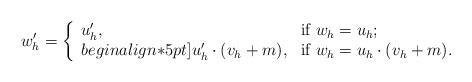
LaTeX: \begin{align*}w_{h}'=\left\{ \begin{array}{ll} u_{h}', & \hbox{if $w_h=u_h$;} \\begin{align*}5pt] u_{h}'\cdot(v_h+m), & \hbox{if $w_h=u_h\cdot(v_h+m)$.} \end{array} \right.\end{align*}